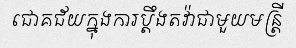
ជោគជ័យក្នុងការប្តឹងតវ៉ាជាមួយមន្ត្រី